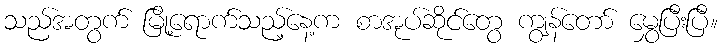
သည်အတွက် မြို့ရောက်သည့်နေ့က စာအုပ်ဆိုင်တွေ ကျွန်တော် မွှေပြီးပြီ။